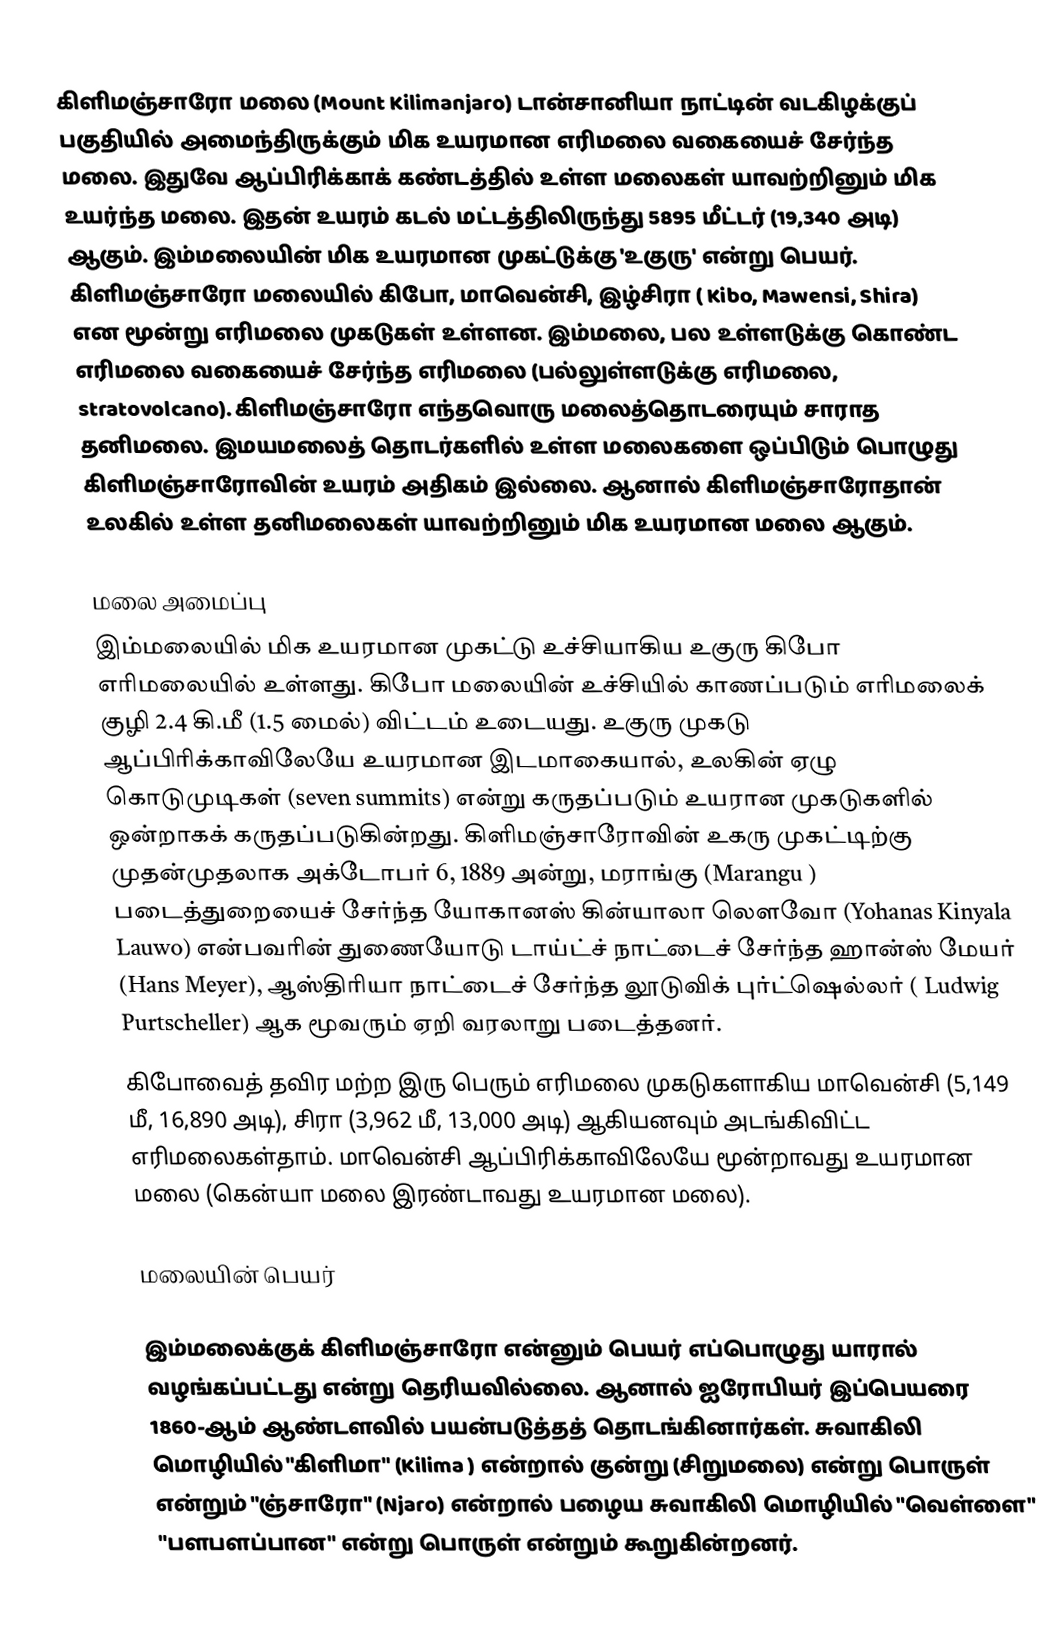
கிளிமஞ்சாரோ மலை (Mount Kilimanjaro) டான்சானியா நாட்டின் வடகிழக்குப் பகுதியில் அமைந்திருக்கும் மிக உயரமான எரிமலை வகையைச் சேர்ந்த மலை. இதுவே  ஆப்பிரிக்காக் கண்டத்தில் உள்ள மலைகள் யாவற்றினும் மிக உயர்ந்த மலை. இதன் உயரம் கடல் மட்டத்திலிருந்து 5895 மீட்டர் (19,340 அடி) ஆகும். இம்மலையின் மிக உயரமான முகட்டுக்கு  'உகுரு'   என்று பெயர். கிளிமஞ்சாரோ மலையில் கிபோ, மாவென்சி, இழ்சிரா ( Kibo, Mawensi,  Shira) என மூன்று எரிமலை முகடுகள் உள்ளன. இம்மலை, பல உள்ளடுக்கு கொண்ட எரிமலை வகையைச் சேர்ந்த எரிமலை (பல்லுள்ளடுக்கு எரிமலை, stratovolcano). கிளிமஞ்சாரோ எந்தவொரு மலைத்தொடரையும் சாராத தனிமலை. இமயமலைத் தொடர்களில் உள்ள மலைகளை ஒப்பிடும் பொழுது  கிளிமஞ்சாரோவின் உயரம் அதிகம் இல்லை. ஆனால் கிளிமஞ்சாரோதான் உலகில் உள்ள தனிமலைகள் யாவற்றினும் மிக உயரமான மலை ஆகும்.

மலை அமைப்பு
இம்மலையில் மிக உயரமான முகட்டு உச்சியாகிய உகுரு  கிபோ எரிமலையில் உள்ளது. கிபோ மலையின் உச்சியில் காணப்படும்  எரிமலைக் குழி 2.4 கி.மீ (1.5 மைல்) விட்டம் உடையது. உகுரு முகடு ஆப்பிரிக்காவிலேயே உயரமான இடமாகையால், உலகின் ஏழு கொடுமுடிகள் (seven summits) என்று கருதப்படும் உயரான முகடுகளில் ஒன்றாகக் கருதப்படுகின்றது. கிளிமஞ்சாரோவின் உகரு முகட்டிற்கு முதன்முதலாக அக்டோபர் 6, 1889 அன்று, மராங்கு (Marangu ) படைத்துறையைச் சேர்ந்த  யோகானஸ் கின்யாலா லௌவோ (Yohanas Kinyala Lauwo) என்பவரின் துணையோடு டாய்ட்ச் நாட்டைச் சேர்ந்த ஹான்ஸ் மேயர் (Hans Meyer), ஆஸ்திரியா நாட்டைச் சேர்ந்த லூடுவிக் புர்ட்ஷெல்லர் ( Ludwig Purtscheller) ஆக மூவரும் ஏறி வரலாறு படைத்தனர்.
கிபோவைத் தவிர மற்ற இரு பெரும் எரிமலை முகடுகளாகிய மாவென்சி  (5,149 மீ, 16,890 அடி), சிரா (3,962 மீ, 13,000 அடி) ஆகியனவும் அடங்கிவிட்ட எரிமலைகள்தாம். மாவென்சி ஆப்பிரிக்காவிலேயே மூன்றாவது உயரமான மலை (கென்யா மலை இரண்டாவது உயரமான மலை).

மலையின் பெயர்

இம்மலைக்குக் கிளிமஞ்சாரோ என்னும் பெயர் எப்பொழுது யாரால் வழங்கப்பட்டது என்று தெரியவில்லை. ஆனால் ஐரோபியர் இப்பெயரை 1860-ஆம் ஆண்டளவில் பயன்படுத்தத் தொடங்கினார்கள். சுவாகிலி மொழியில் "கிளிமா" (Kilima ) என்றால் குன்று  (சிறுமலை) என்று பொருள்  என்றும் "ஞ்சாரோ" (Njaro) என்றால் பழைய சுவாகிலி மொழியில் "வெள்ளை" "பளபளப்பான" என்று பொருள் என்றும்  கூறுகின்றனர்.